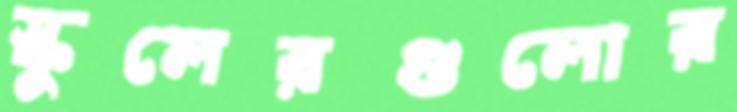
স্কুলেরগুলোর